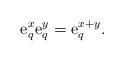
LaTeX: \begin{align*}{\rm{e}}_q^x {\rm{e}}_q^y = {\rm{e}}_q^{x + y}.\end{align*}